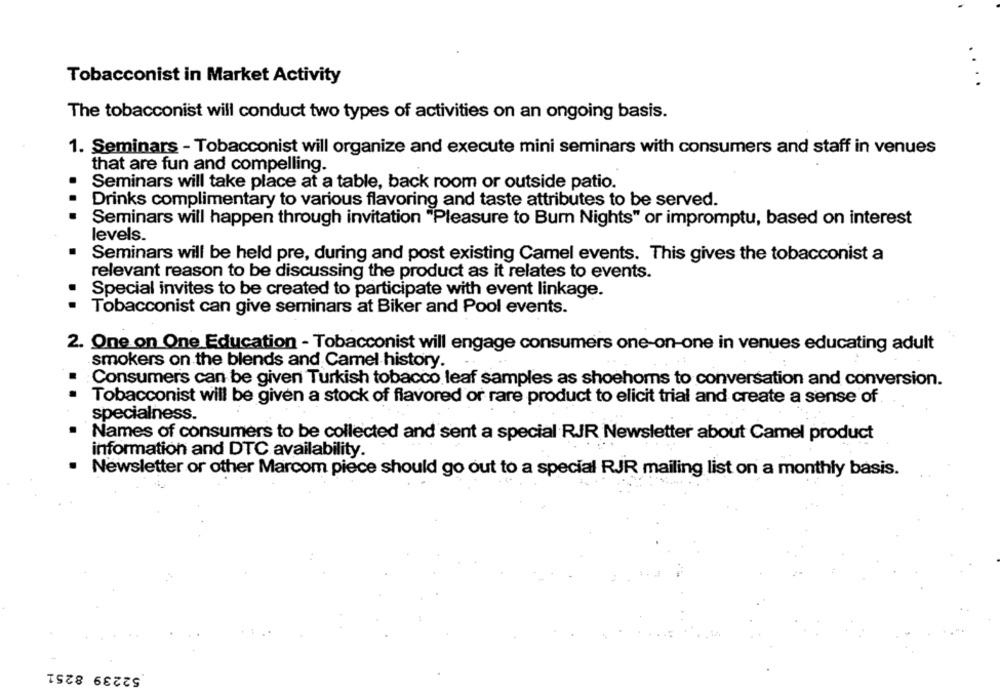
Tobacconist in Market Activity
....
The tobacconist will conduct two types of activities on an ongoing basis.
1. Seminars - Tobacconist will organize and execute mini seminars with consumers and staff in venues
that are fun and compelling.
Seminars will take place at a table, back room or outside patio.
Drinks complimentary to various flavoring and taste attributes to be served.
..
Seminars will happen through invitation "Pleasure to Burn Nights" or impromptu, based on interest
levels.
Seminars will be held pre, during and post existing Camel events. This gives the tobacconist a
relevant reason to be discussing the product as it relates to events.
Special invites to be created to participate with event linkage.
Tobacconist can give seminars at Biker and Pool events.
2. One on One Education - Tobacconist will engage consumers one-on-one in venues educating adult
smokers on the blends and Camel history.
Consumers can be given Turkish tobacco leaf samples as shoehoms to conversation and conversion.
Tobacconist will be given a stock of flavored or rare product to elicit trial and create a sense of
specialness.
Names of consumers to be collected and sent a special RJR Newsletter about Camel product
information and DTC availability.
Newsletter or other Marcom piece should go out to a special RJR mailing list on a monthly basis.
52239 8251